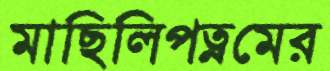
মাছিলিপত্নমের